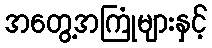
အတွေ့အကြုံများနှင့်